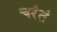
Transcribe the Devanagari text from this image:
चरंतं